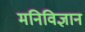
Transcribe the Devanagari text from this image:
मनिविज्ञान